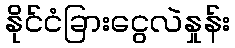
နိုင်ငံခြားငွေလဲနှုန်း